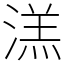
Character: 溔